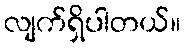
လျက်ရှိပါတယ်။